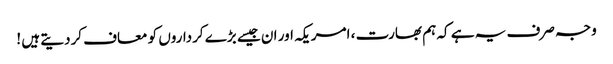
وجہ صرف یہ ہے کہ ہم بھارت ، امریکہ اور ان جیسے بڑے کرداروں کو معاف کردیتے ہیں !